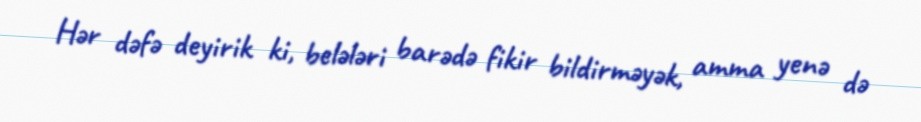
Hər dəfə deyirik ki, belələri barədə fikir bildirməyək, amma yenə də